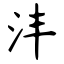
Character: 沣